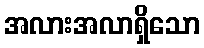
အလားအလာရှိသော